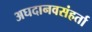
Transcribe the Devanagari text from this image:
अघदानवसंहर्ता